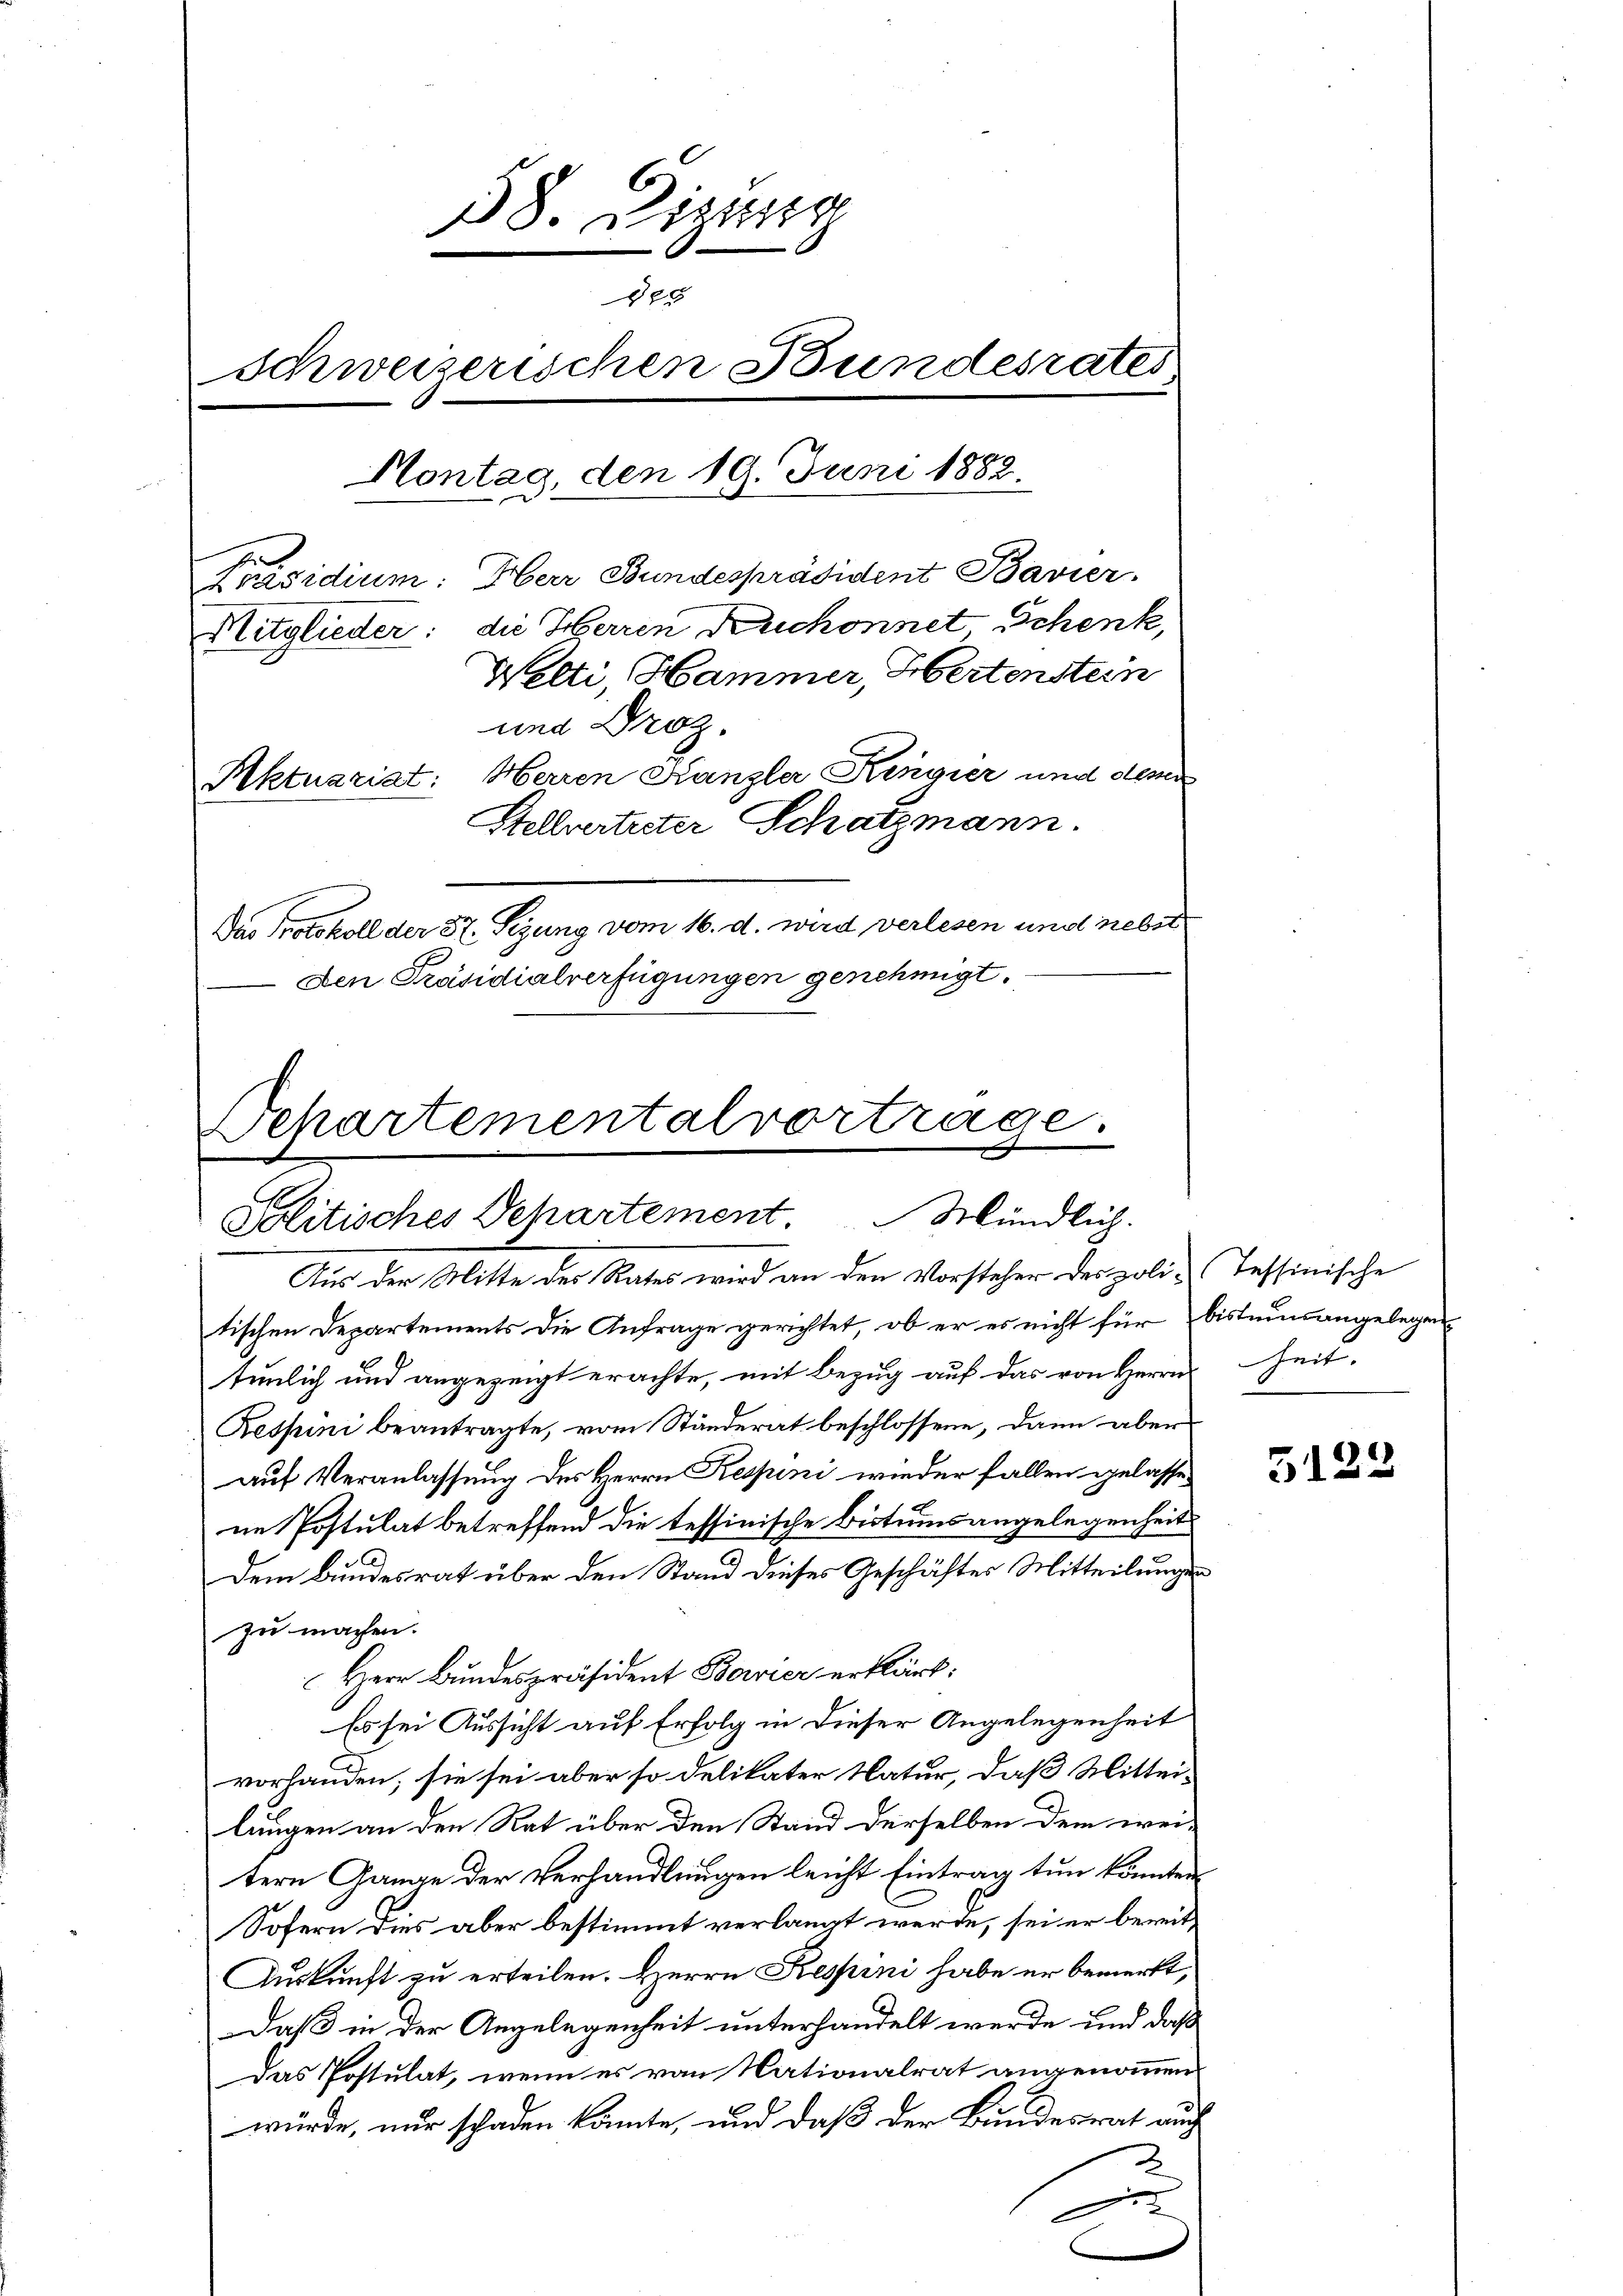
38. Dizung
28x
Schweizerischen Bundesrates
Hontag, den 19. Juni 1882.
Präsidium: Herr Bundespräsident Bavier
Hitglieder: die Herren Ruchonnet Schenk,
Welti, Hammer, Hertenstein
und Droz.
Aktuariat: Herren Kanzler Kingier und desser
Stellverteiter Schatzmann.
Das Protokoll der 87. Sezung vom 16. d. wird verlesen und nebst
Den Präsidialverfügungen genehmigt.

Separtementalvortrage.
Politisches Departement. Mündlich.
Aus der Mitte des Rates wird an den Vorsteher des poli-Tessinische

tischen Departements die Anfrage gerichtet, ob er es nicht für bistums angelegen
tunlich und angezeigt erachte, mit Bezug auf das von Herrn Zeit
Respini beantragte, vom Ständerat beschlossene, dann aber
auf Veranlassung des Herrn Respini wieder fallen gelassen
ne Postulat betreffend die tessinische Bistumsangelegenheit
Dem Bundesrat über den Stand dieses Geschäftes Mitteilungen
zu machen.
Herr Bundespräsident Baier erklärt:
Es sei Aussicht auf Erfolg in dieser Angelegenheit
vorhanden, sie sei aber so delikater Natur, daß Mittei-
lungen an den Rat über den Stand derselben dem wei-
tern Gange der Verhandlungen leicht Eintrag tun könnten
Sofern dies aber bestimmt verlangt werde, sei er bereit¬
Auskunft zu erteilen. Herrn Kespini habe er bemerkt,
Daß in der Angelegenheit unterhandelt werde, und daß
Das Postulat, wenn es von Nationalrat angenommen
würde, nur schaden könnte, und daß der Bundesrat auch
e

5122